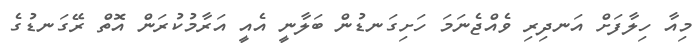
މިއާ ހިލާފަށް އަނދިރި ވެއްޖެނަމަ ހަށިގަނޑުން ބަލާނީ އެއީ އަރާމުކުރަން އޮތް ރޭގަނޑުގެ